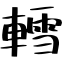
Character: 轌